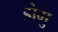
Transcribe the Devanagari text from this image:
डोमु